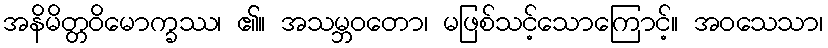
အနိမိတ္တဝိမောက္ခဿ၊ ၏။ အသမ္ဘဝတော၊ မဖြစ်သင့်သောကြောင့်။ အဝသေသာ၊